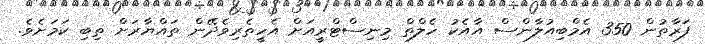
ފަރާތުން 350 އެމްބިއުލާންސް އާއެކު ހެލްތް މިނިސްޓްރީއަށް އެހީތެރިވެދޭން ތައްޔާރަށް ތިބި ކަމަށެވެ.